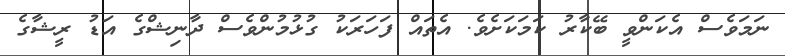
ނަމަވެސް އެކަންވީ ބޭކާރު ކަމަކަށެވެ. އެތައް ފަހަރަކު ގުޅުމުންވެސް ދާނިޝްގެ އަޑު ރީޝާގެ